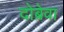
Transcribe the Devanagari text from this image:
दोब्रेवा